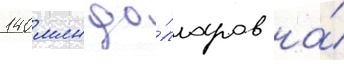
140 млн до́лларов на́